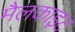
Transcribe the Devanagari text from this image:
मैलकाइट